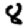
Digit: 8